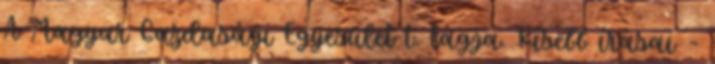
A Magyar Gazdasági Egyesület t. tagja. Kisebb írásai –